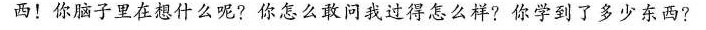
西！你脑子里在想什么呢?你怎么敢问我过得怎么样?你学到了多少东西?